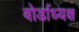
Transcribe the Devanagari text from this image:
बोर्डाध्यक्ष